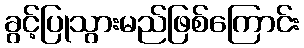
ခွင့်ပြုသွားမည်ဖြစ်ကြောင်း